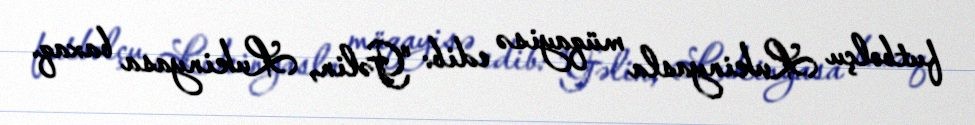
futbolçu Lukinyasla müqayisə edib: "Gəlin, Lukinyasa baxaq.